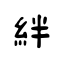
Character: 絆